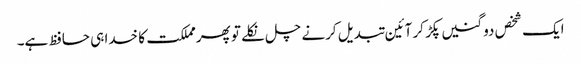
ایک شخص دو گنیں پکڑ کر آئین تبدیل کرنے چل نکلے تو پھرمملکت کا خدا ہی حافظ ہے۔